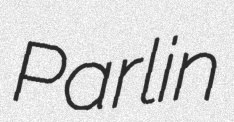
Parlin